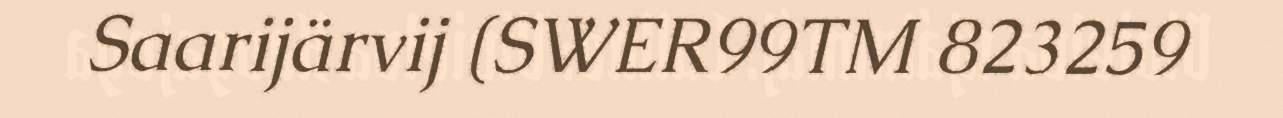
Saarijärvij (SWER99TM 823259